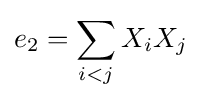
e_{2}=\sum _{i<j}X_{i}X_{j}